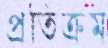
প্রতিক্রম